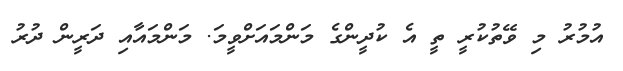
އުމުރު މި ވޭތުކުރީ ތީ އެ ކުދީންގެ މަންމައަށްވީމަ. މަންމައާއި ދަރީން ދުރު